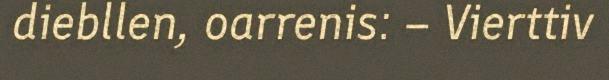
diebllen, oarrenis: – Vierttiv